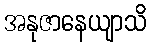
အနုဇာနေယျာသိ